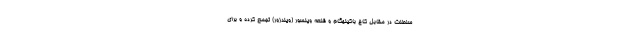
سلطنت در مقابل کاخ باکینهگام و قلعه وینسور (ویندزور) تجمع کرده و برای